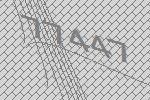
77447